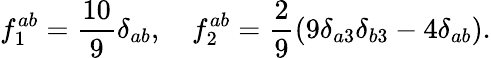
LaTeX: f_{1}^{ab}=\frac{10}{9}\delta_{ab},\quad f_{2}^{ab}=\frac{2}{9}\left(9\delta_{a3}\delta_{b3}-4\delta_{ab}\right).